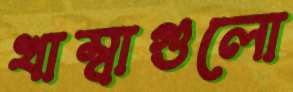
খাম্বাগুলো